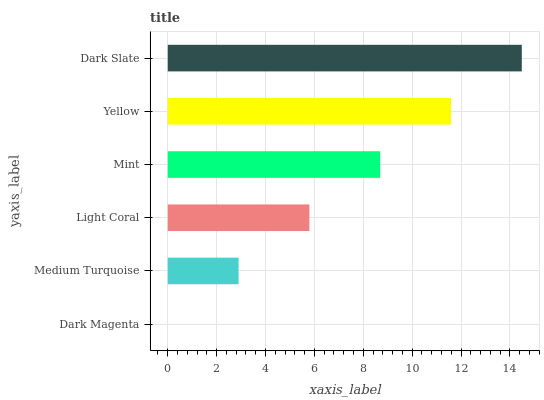
| yaxis_label | bars |
 | --- | --- |
 | Dark Magenta | 0 |
 | Medium Turquoise | 2.9 |
 | Light Coral | 5.79 |
 | Mint | 8.69 |
 | Yellow | 11.6 |
 | Dark Slate | 14.5 |